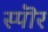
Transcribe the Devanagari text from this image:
स्पॊर